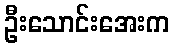
ဦးသောင်းအေးက